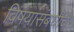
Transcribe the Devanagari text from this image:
विषयांसंबधींचे